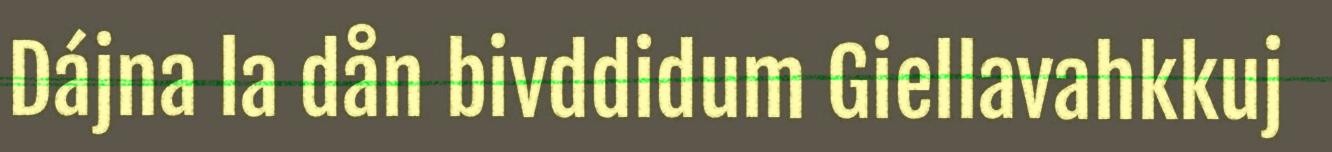
Dájna la dån bivddidum Giellavahkkuj